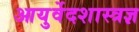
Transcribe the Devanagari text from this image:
आयुर्वेदशास्त्रज्ञ